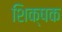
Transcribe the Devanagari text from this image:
शिक्षक